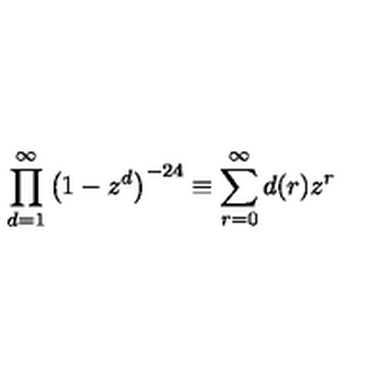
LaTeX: \prod _ { d = 1 } ^ { \infty } \left( 1 - z ^ { d } \right) ^ { - 2 4 } \equiv \sum _ { r = 0 } ^ { \infty } d ( r ) z ^ { r }